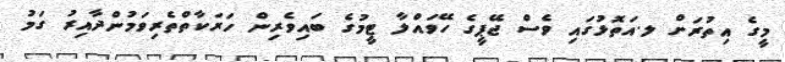
މީގެ އިތުރަށް ލ.އަތޮޅުގައި ވެސް ޖޭޕީގެ ހޭވައްލާ ޓީމުގެ ބައިވެރިން ހަރަކާތްތެރިވަމުންދާއިރު ގަމު